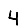
Digit: 4